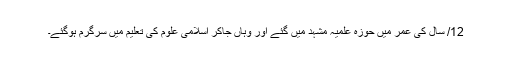
12/ سال کی عمر میں حوزہ علمیہ مشہد میں گئے اور وہاں جاکر اسلامی علوم کی تعلیم میں سرگرم ہوگئے۔